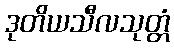
ဒုတိယသီလသုတ္တံ